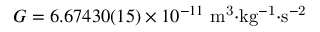
G = 6 . 6 7 4 3 0 ( 1 5 ) \times 1 0 ^ { - 1 1 } \mathrm { { \ m ^ { 3 } { \cdot } k g ^ { - 1 } { \cdot } s ^ { - 2 } } }